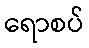
ရောစပ်